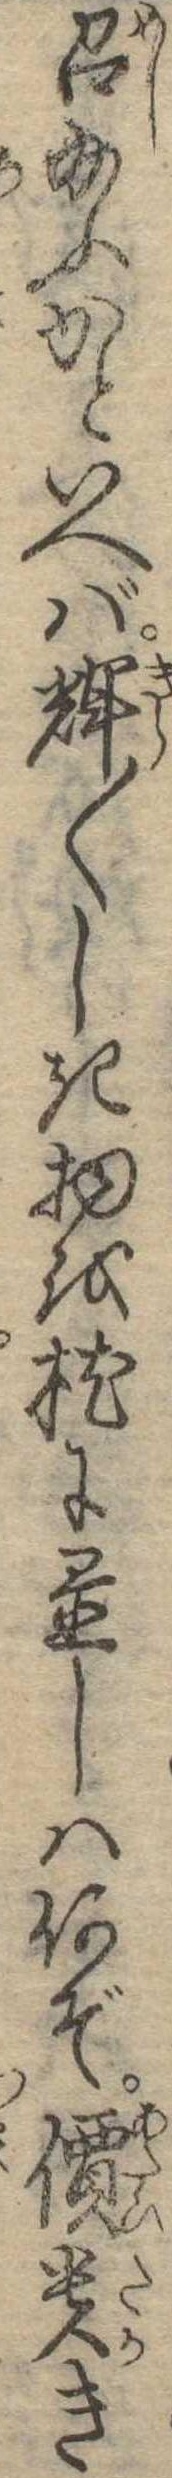
召給ふかといへば輝〱しき物を枕に置しは何ぞ価貴き